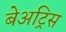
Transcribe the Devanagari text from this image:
बेअट्रिस